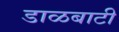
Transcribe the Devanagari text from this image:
डाळबाटी